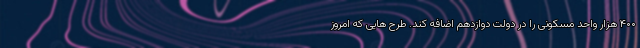
۴۰۰ هزار واحد مسکونی را در دولت دوازدهم اضافه کند. طرح هایی که امروز